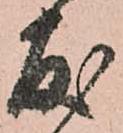
友